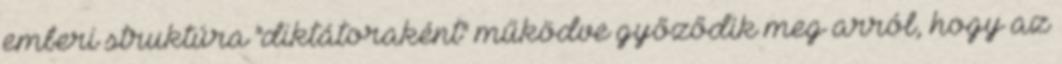
emberi struktúra "diktátoraként" működve győződik meg arról, hogy az